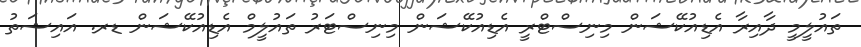
ތައުލީމީ ދާއިރާ އެޑިއުކޭޝަން މިނިސްޓްރީ އެޑިއުކޭޝަން މިނިސްޓަރު ތައުލީމް އެޑިއުކޭޝަން ޑރ. އައިޝަތު